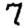
Digit: 7